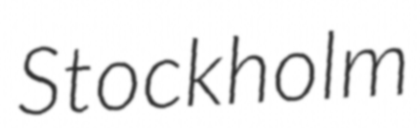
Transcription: Stockholm